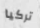
تركيا